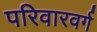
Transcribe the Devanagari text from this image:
परिवारवर्ग